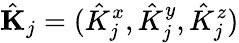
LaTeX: \hat{\mathbf{K}}_{j}=(\hat{K}_{j}^{x},\hat{K}_{j}^{y},\hat{K}_{j}^{z})